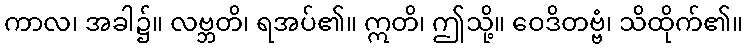
ကာလ၊ အခါ၌။ လဗ္ဘတိ၊ ရအပ်၏။ ဣတိ၊ ဤသို့။ ဝေဒိတဗ္ဗံ၊ သိထိုက်၏။